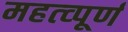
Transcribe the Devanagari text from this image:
महत्‍व्‍पूर्ण